Trukikaitis_Postimees, lk 9
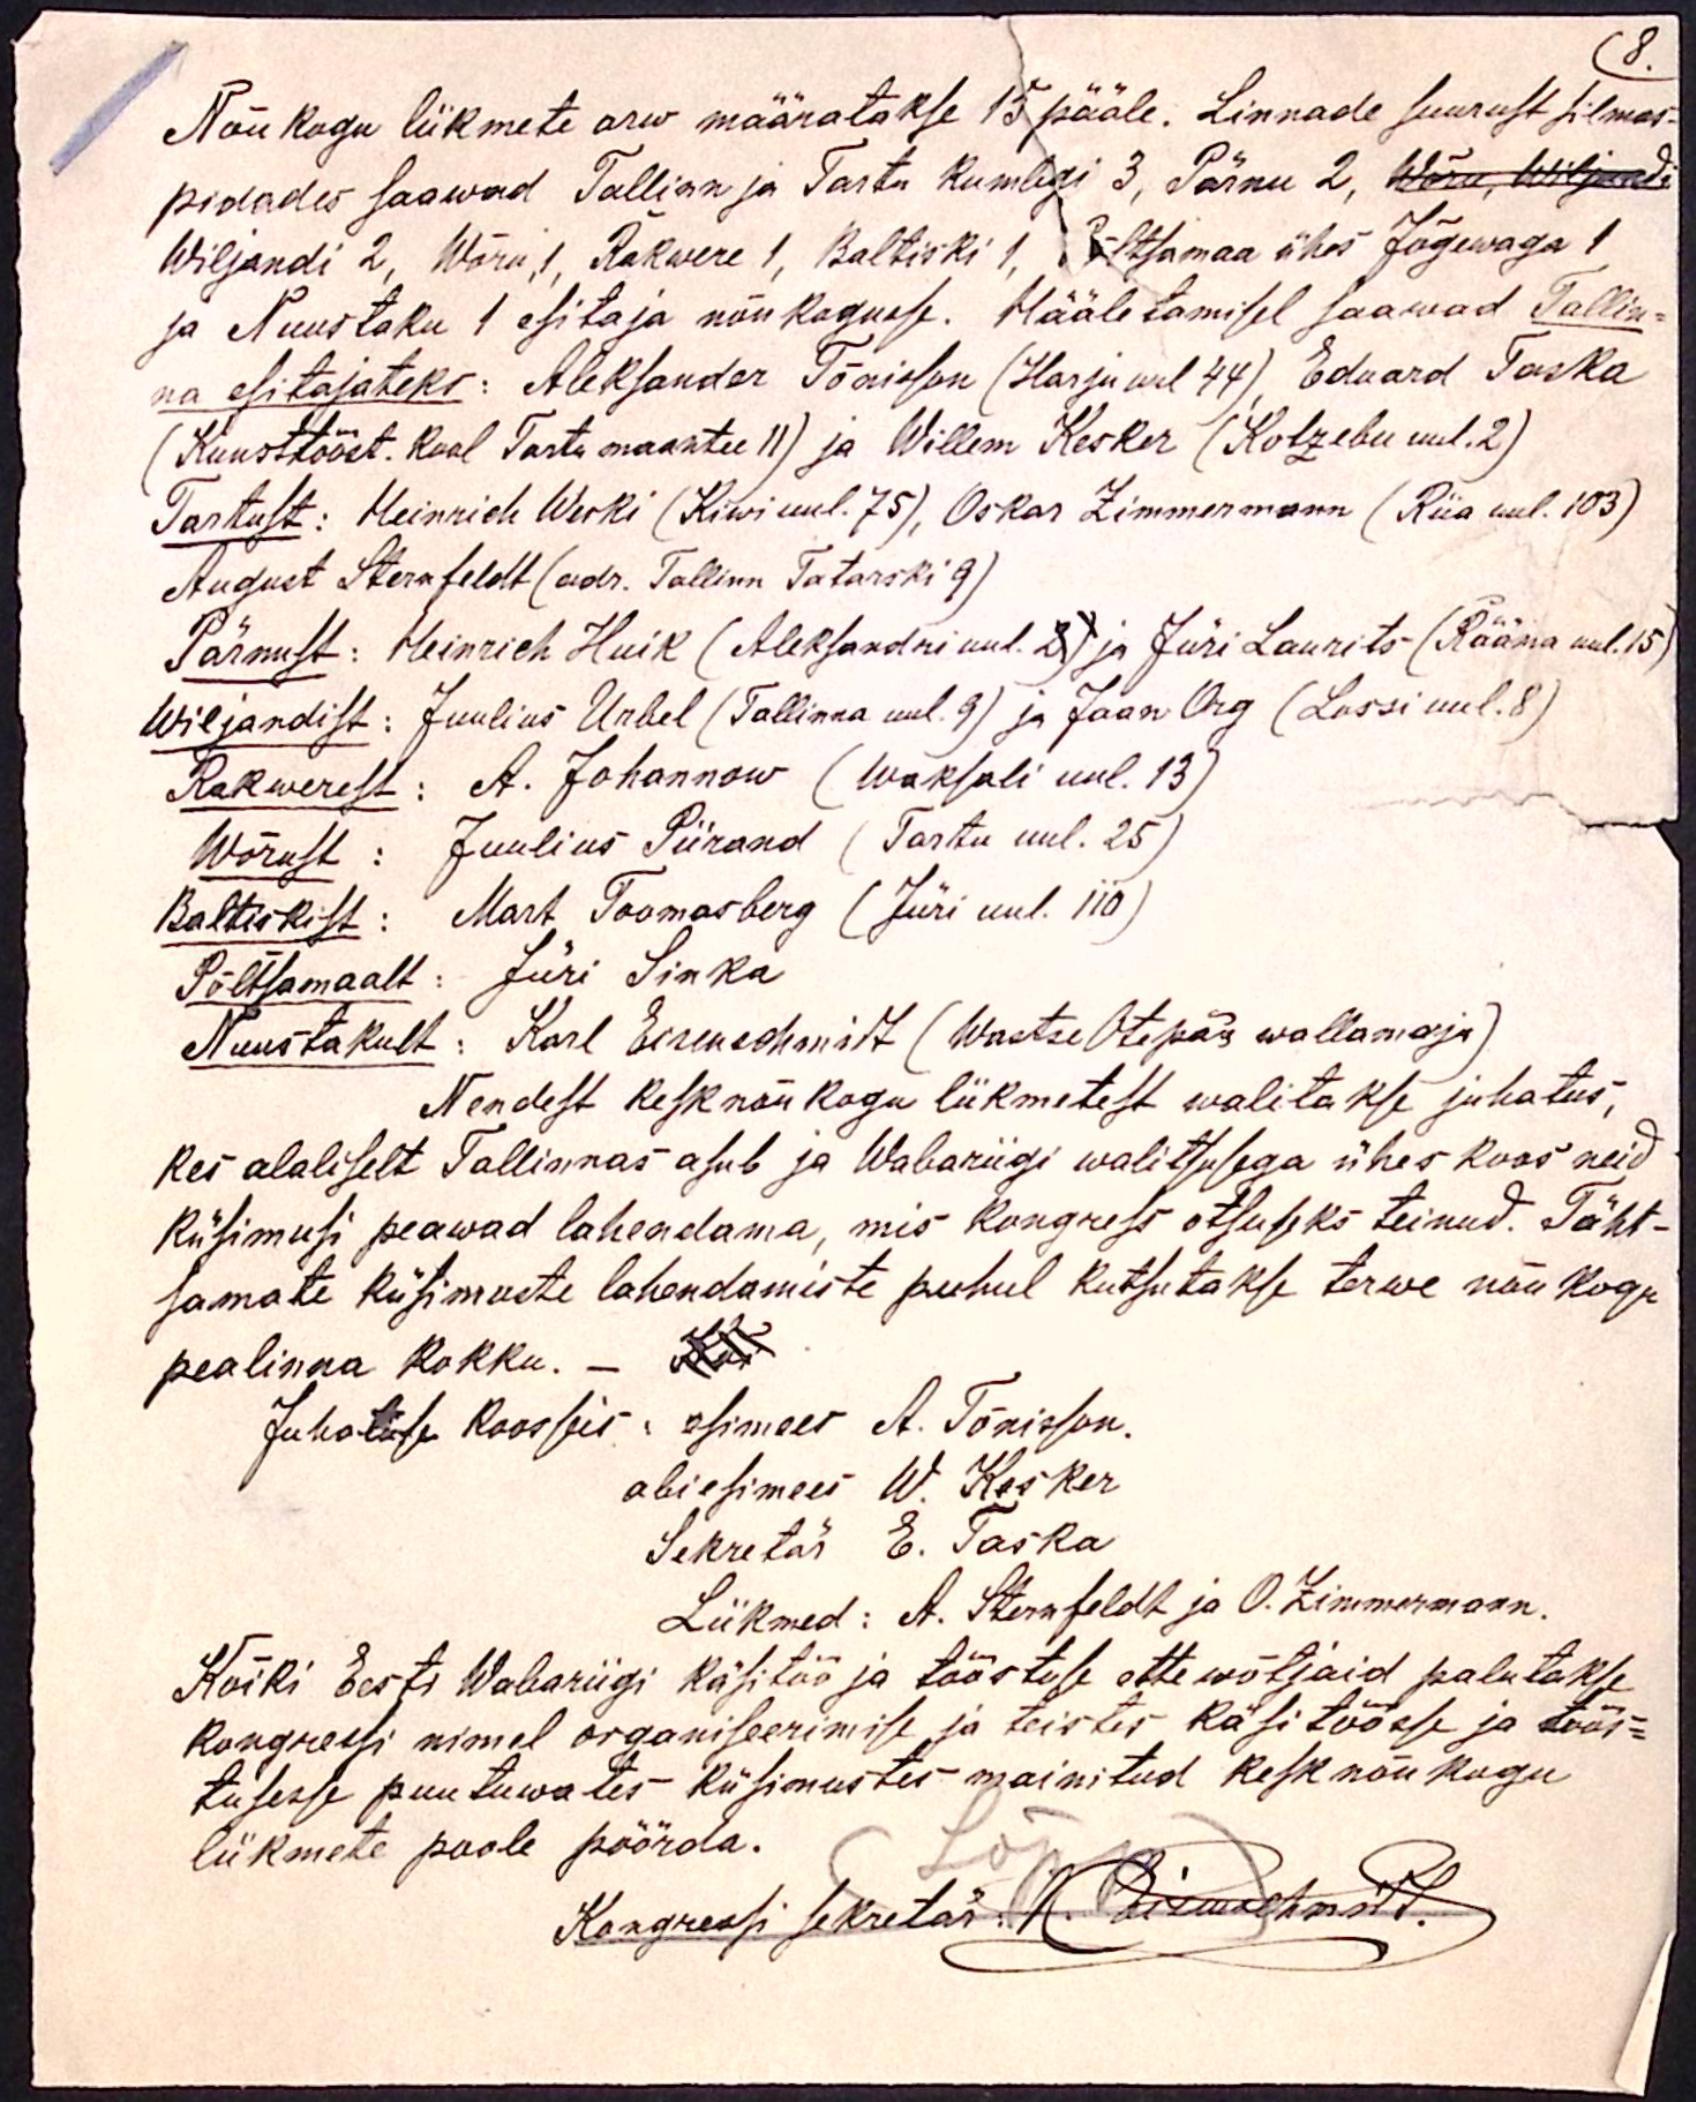
8.
Nõukogu liikmete arw määratakse 15 pääle. Linnade suurust silmas-
pidades saawad Tallinn ja Tartu kumbgi 3, Pärnu 2, Wõru, Wiljandi
Wiljandi 2, Wõru, 1, Rakwere 1, Baltiski 1, Põltsamaa ühes Jõgewaga 1
ja Nuustaku 1 esitaja nõukogusse. Hääletamisel saawad Tallin-
na esitajateks: Aleksander Tõnisson (Harju uul 44), Eduard Taska
(Kunsttööst. Kool Tartu maantee 11) ja Willem Kesker (Kotzebu uul. 2)
Tartust: Heinrich Weski (Kiwi uul. 75), Oskar Zimmermann (Riia uul. 103)
August Sternfeldt (adr. Tallinn Tatarski 9)
Pärnust: Heinrich Huik (Aleksandri uul. 2) ja Jüri Laurits (Rääma uul. 15)
Wiljandist: Juulius Urbel (Tallinna uul. 9) ja Jaan Org (Lossi uul. 8)
Rakwerest: A. Johannow (Waksali uul. 13)
Wõrust: Juulius Piirand (Tartu uul. 25)
Baltiskist: Mart Toomasberg (Jüri uul. 110)
Põltsamaalt: Jüri Sinka
Nuustakult: Karl Eisenschmidt (Wastse Otepää wallamaja)
Nendest kesknõukogu liikmetest walitakse juhatus,
kes alaliselt Tallinnas asub ja Wabariigi walitusega ühes koos neid
Küsimusi peawad lahendama, mis Kongress otsuseks teinud. Täht-
samate küsimuste lahendamiste puhul kutsutakse terwe nõukogu
pealinna kokku. -
Juhatuse Koosseis: esimees A. Tõnisson.
abiesimees W. Kesker
Sekretär E. Taska
Liikmed: A. Sternfeldt ja O. Zimmermann.
Kõiki Eesti Wabariigi käsitöö ja tööstuse ettewõtjaid palutakse
kongressi nimel organiseerimise ja teistes käsitöösse ja töös-
tusesse puutuwates küsimustes mainitud kesknõukogu
liikmete poole pöörda.
Kongressi sekretär. K. Eisenschmidt.